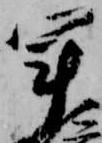
軍